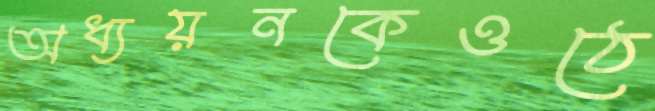
অধ্যয়নকেওঠে